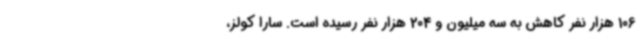
106 هزار نفر کاهش به سه میلیون و 204 هزار نفر رسیده است. سارا کولز،